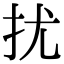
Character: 扰